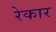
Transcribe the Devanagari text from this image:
रेकार